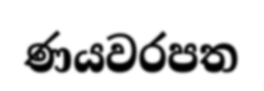
ණයවරපත